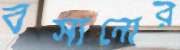
বসানোর